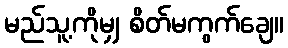
မည်သူ့ကိုမျှ စိတ်မကွက်ချေ။